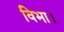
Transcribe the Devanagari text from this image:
विभा।